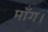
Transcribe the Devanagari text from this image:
माँग।